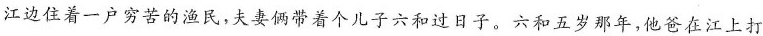
江边住着一户穷苦的渔民，夫妻俩带着个儿子六和过日子。六和五岁那年，他爸在江上打